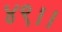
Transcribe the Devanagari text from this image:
४९।।